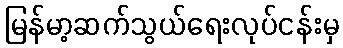
မြန်မာ့ဆက်သွယ်ရေးလုပ်ငန်းမှ